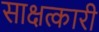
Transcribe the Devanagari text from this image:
साक्षत्कारी